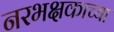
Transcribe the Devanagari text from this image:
नरभक्षकाच्या